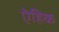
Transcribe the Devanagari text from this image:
ऎहिक